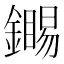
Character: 𬬏